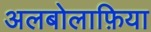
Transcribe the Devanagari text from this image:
अलबोलाफ़िया